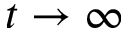
t \to \infty